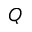
Q